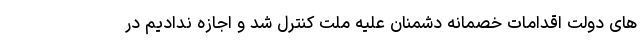
های دولت اقدامات خصمانه دشمنان علیه ملت کنترل شد و اجازه ندادیم در